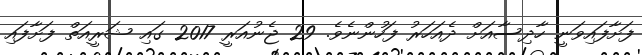
ފަށާފައިވަނީ ހާދިސާއަށް ދެއަހަރު ފަހުންނެވެ. 29 ޖެނުއަރީ 2017 ގައި ޝަރީއަތް ފަށާފައި